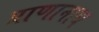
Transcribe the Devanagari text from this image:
प्राणानाथ